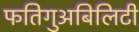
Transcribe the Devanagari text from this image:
फतिगुअबिलिटी